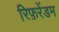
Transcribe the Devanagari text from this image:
रिफ़रेंडम